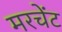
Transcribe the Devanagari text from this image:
मरचेंट